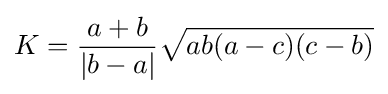
K={\frac {a+b}{|b-a|}}{\sqrt {ab(a-c)(c-b)}}